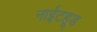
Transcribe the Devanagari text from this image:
नाईटहूड